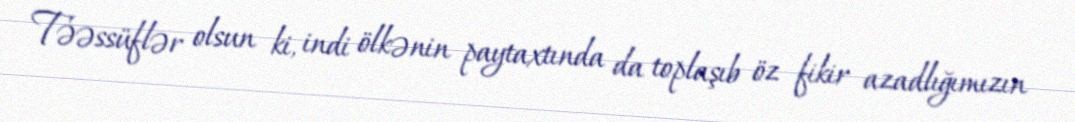
Təəssüflər olsun ki, indi ölkənin paytaxtında da toplaşıb öz fikir azadlığımızın